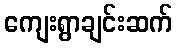
ကျေးရွာချင်းဆက်